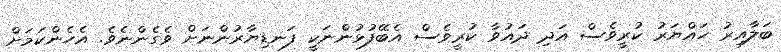
ބަލާއިރު ހައްޔަރު ކުރީވެސް އަދި ދައުވާ ކުރީވެސް އެބޭފުޅުންނަކީ ފަނޑިޔާރުންނަށް ވެގެންނެވެ. އެހެންކަމަށް